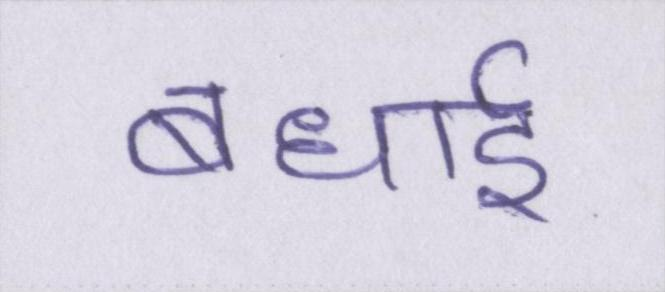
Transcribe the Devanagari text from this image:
बधाई